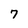
Character: 7